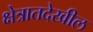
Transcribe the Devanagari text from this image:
क्षेत्रातदेखील